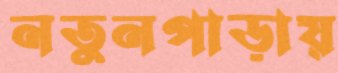
নতুনপাড়ায়